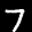
Digit: 7